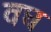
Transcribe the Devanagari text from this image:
वघ